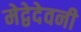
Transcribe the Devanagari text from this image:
मेद्वेदेवनी